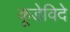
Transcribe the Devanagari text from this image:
कूडेविदे